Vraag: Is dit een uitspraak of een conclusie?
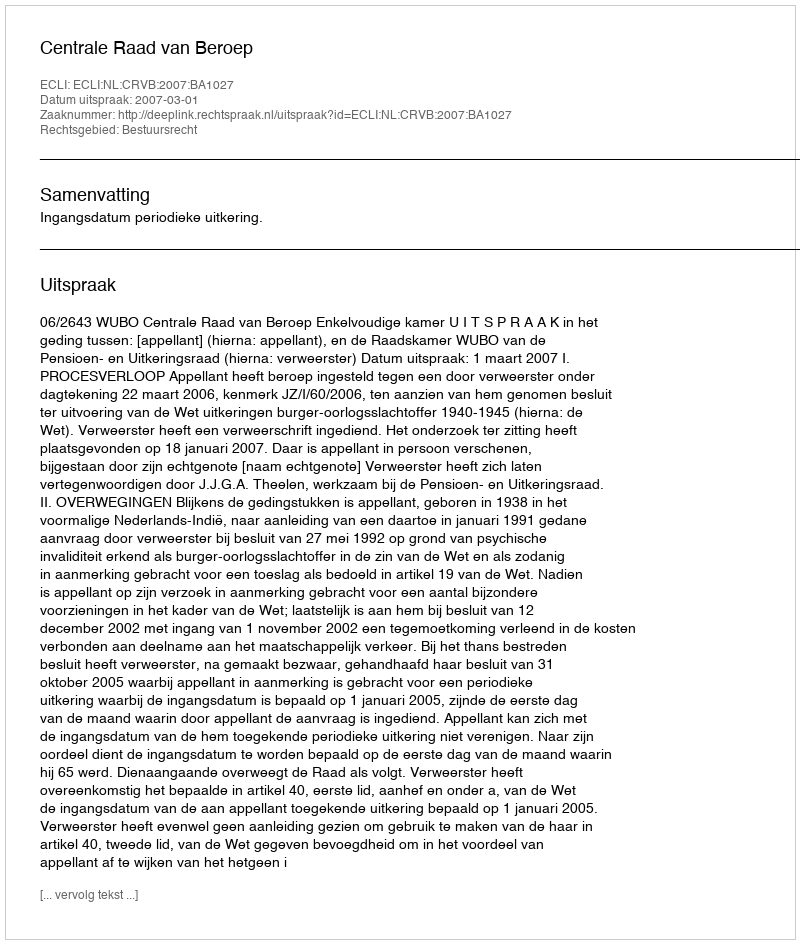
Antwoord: Uitspraak